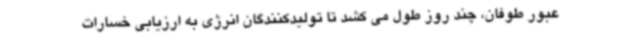
عبور طوفان، چند روز طول می کشد تا تولیدکنندگان انرژی به ارزیابی خسارات